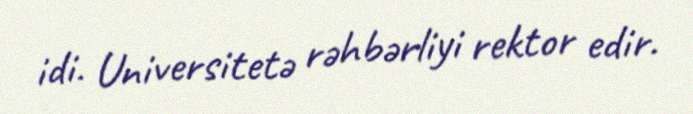
idi. Universitetə rəhbərliyi rektor edir.